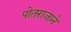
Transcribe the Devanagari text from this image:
पोतराजाने